画像に写った文字を読んでください
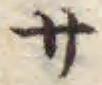
「サ」と書いてあります